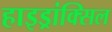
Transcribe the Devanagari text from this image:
हाइड्रांक्सिल